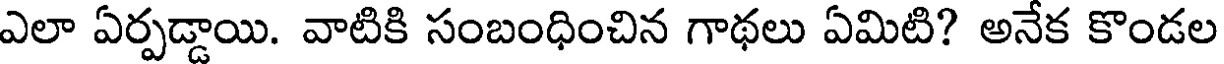
ఎలా ఏర్పడ్డాయి. వాటికి సంబంధించిన గాథలు ఏమిటి? అనేక కొండల